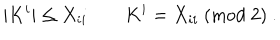
LaTeX: | K ^ { i } | \leq X _ { i i } \qquad K ^ { i } = X _ { i i } \ ( \mathrm { m o d } \ 2 ) \ .